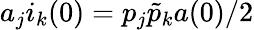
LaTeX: a_{j}i_{k}(0)=p_{j}\tilde{p}_{k}a(0)/2